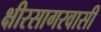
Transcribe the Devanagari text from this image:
क्षीरसागरवासी